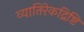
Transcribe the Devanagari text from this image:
व्यातिरेकद्रिष्टि